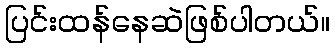
ပြင်းထန်နေဆဲဖြစ်ပါတယ်။